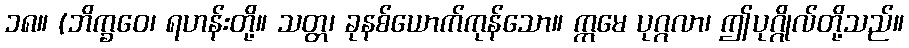
၁၈။ (ဘိက္ခဝေ၊ ရဟန်းတို့။ သတ္တ၊ ခုနစ်ယောက်ကုန်သော။ ဣမေ ပုဂ္ဂလာ၊ ဤပုဂ္ဂိုလ်တို့သည်။